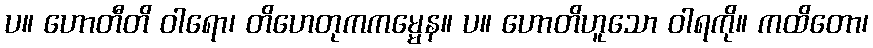
ပ။ ဟောတီတိ ဝါရော၊ တိဟေတုကကမ္မေန။ ပ။ ဟောတိဟူသော ဝါရကို။ ကထိတော၊